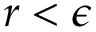
r < \epsilon